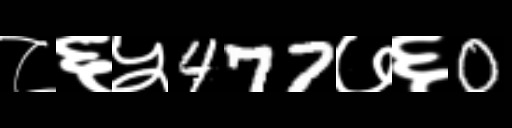
Text: ८६५477७६0